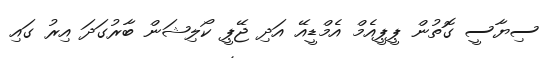
ސިޔާސީ ގޮތުން ޕީޕީއެމް އެމްޑީއޭ އަދި ޖޭޕީ ކޯލިޝަން ބާރުގަދަ އިރު ގައި